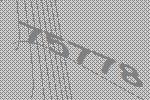
75778